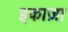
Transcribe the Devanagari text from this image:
इकाज़ा